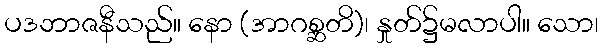
ပဒဘာဇနီသည်။ နော (အာဂစ္ဆတိ)၊ နှုတ်၌မလာပါ။ သော၊